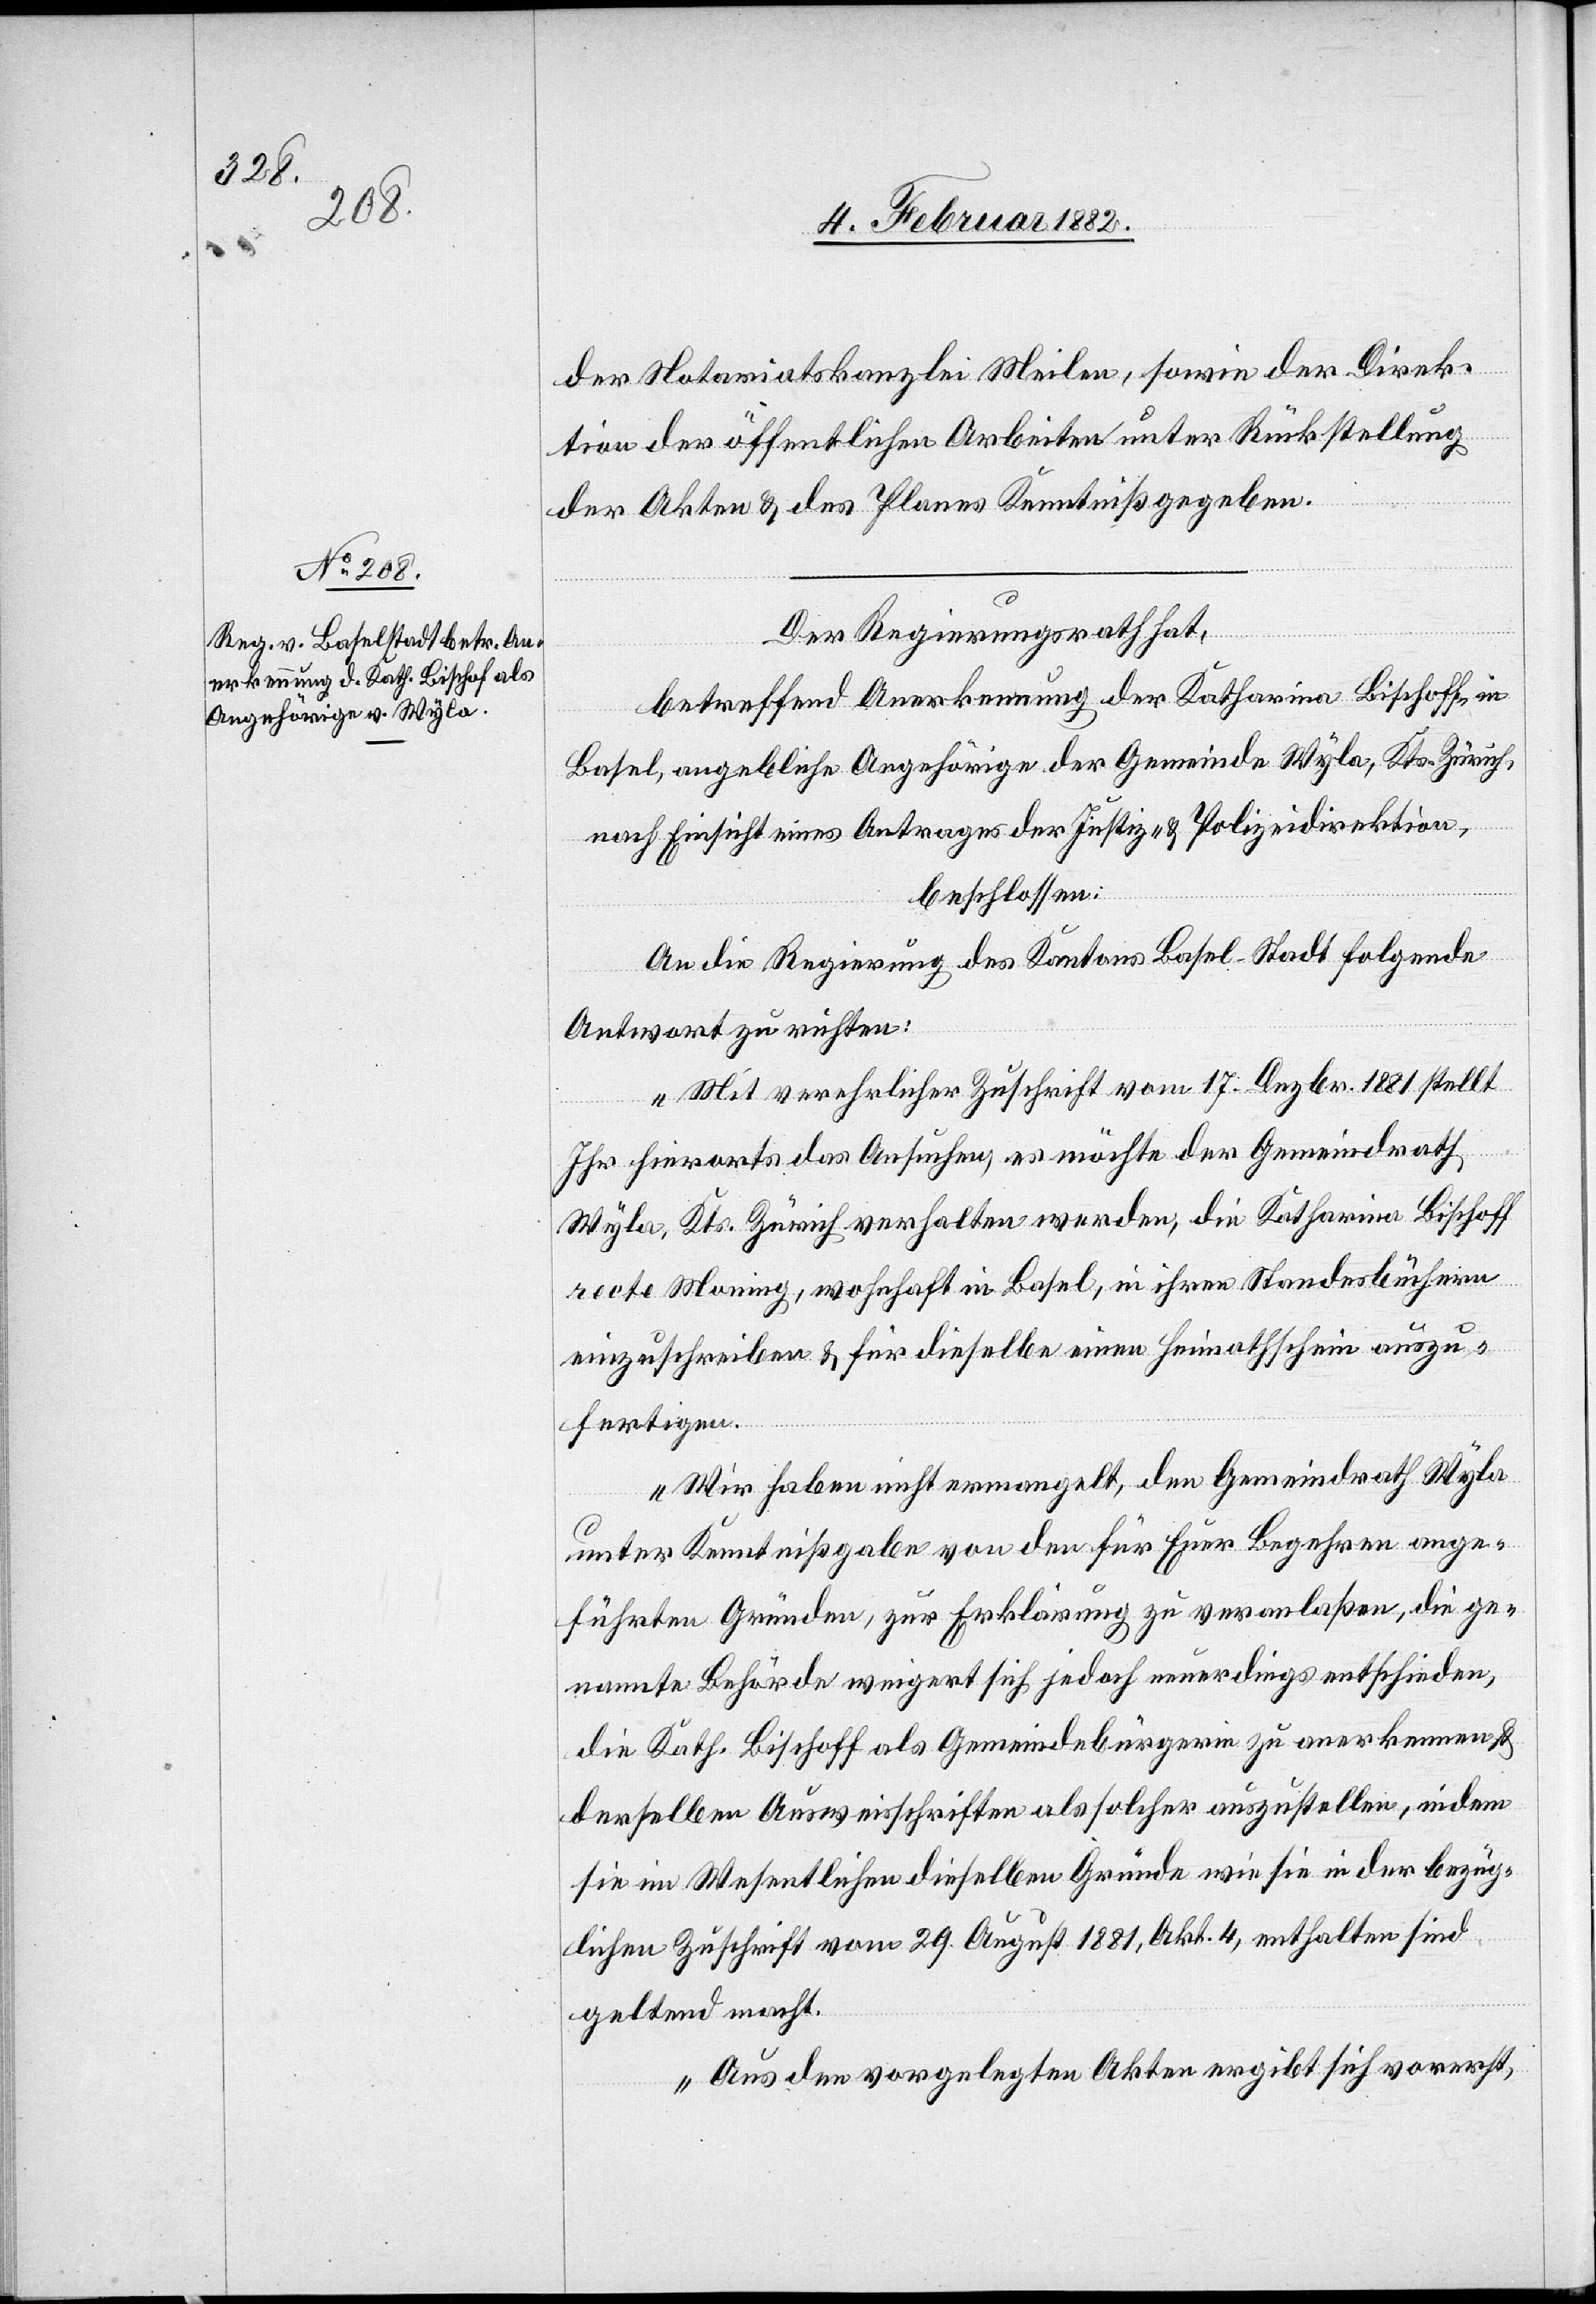
der Notariatskanzlei Meilen, sowie der Direk¬
tion der öffentlichen Arbeiten unter Rückstellung
der Akten & des Planes Kenntniß gegeben.
Der Regierungsrath hat,
betreffend Anerkennung der Katharina Bischoff, in
Basel, angebliche Angehörige der Gemeinde Wyla, Kts. Zürich,
nach Einsicht eines Antrages der Justiz- & Polizeidirektion,
beschlossen:
An die Regierung des Kantons Basel-Stadt folgende
Antwort zu richten:
„Mit verehrlicher Zuschrift vom 17. Dezbr. 1881 stellt
Ihr hierorts das Ansuchen, es möchte der Gemeindrath
Wyla, Kts. Zürich verhalten werden, die Katharina Bischoff
recte Moning, wohnhaft in Basel, in ihren Standesbüchern
einzuschreiben & für dieselben einen Heimatschein auszu¬
fertigen.
Wir haben nicht ermangelt, den Gemeindrath Wyla
unter Kenntnißgabe von den für Euer Begehren ange¬
führten Gründen, zur Erklärung zu veranlaßen, die ge¬
nannte Behörde weigert sich jedoch neuerdings entschieden,
die Kath. Bischoff als Gemeindebürgerin zu anerkennen &
derselben Ausweisschriften als solcher auszustellen, indem
sie im Wesentlichen dieselben Gründe wie sie in der bezüg¬
lichen Zuschrift vom 29. August 1881, Akt. 4, enthalten sind
geltend macht,
Aus den vorgelegten Akten ergibt sich vorerst